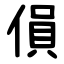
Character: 傊